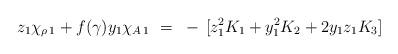
LaTeX: \begin{align*}z_1 \chi_{\rho \, 1} + f(\gamma) y_1 \chi_{A \, 1} ~=~- \, [ z_1^2 K_1 + y_1^2 K_2 + 2y_1 z_1 K_3 ]\end{align*}